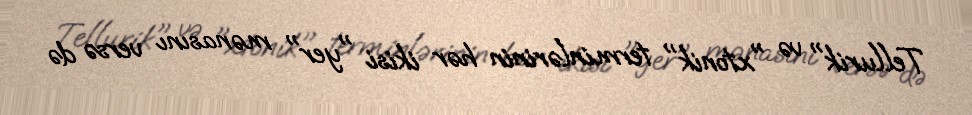
Tellurik" və "xtonik" terminlərinin hər ikisi "yer" mənasını versə də